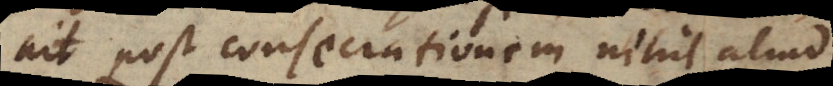
ait post consecrationem nihil aliud